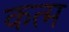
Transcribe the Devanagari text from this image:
कत्म